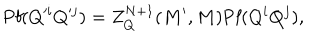
\mathrm { P f } ( Q ^ { i } Q ^ { j } ) = Z _ { Q } ^ { N + 1 } ( M ^ { \prime } , M ) \mathrm { P f } ( Q ^ { i } Q ^ { j } ) ,